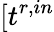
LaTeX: [t^{r,in}